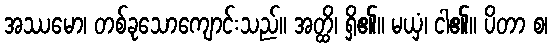
အဿမော၊ တစ်ခုသောကျောင်းသည်။ အတ္ထိ၊ ရှိ၏။ မယှံ၊ ငါ၏။ ပိတာ စ၊